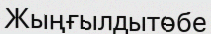
Жыңғылдытөбе